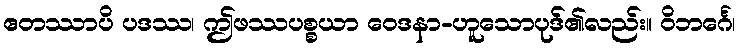
ဧတဿာပိ ပဒဿ၊ ဤဖဿပစ္စယာ ဝေဒနာ-ဟူသောပုဒ်၏လည်း။ ဝိဘင်္ဂေ၊